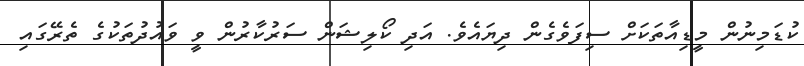
ކުޑަމިނުން މީޑިއާތަކަށް ސިފަވެގެން ދިޔައެވެ. އަދި ކޯލިޝަން ސަރުކާރުން ވީ ވައުދުތަކުގެ ތެރޭގައި